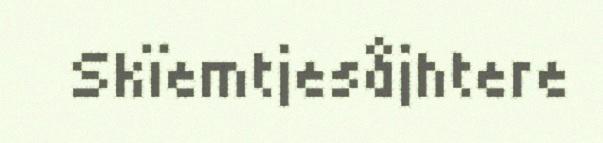
Skïemtjesåjhtere